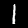
Label: 1